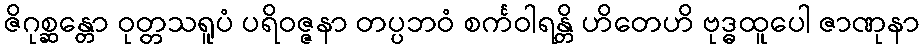
ဇိဂုစ္ဆန္တော ဝုတ္တသရူပံ ပရိဝဇ္ဇနာ တပ္ပဘဝံ စင်္ကဝါရန္တိ ဟိတေဟိ ဗုဒ္ဓထူပေါ ဇာဏုနာ